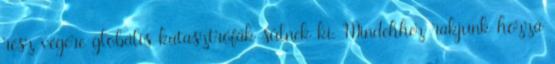
rész végére globális katasztrófák sülnek ki. Mindehhez rakjunk hozzá